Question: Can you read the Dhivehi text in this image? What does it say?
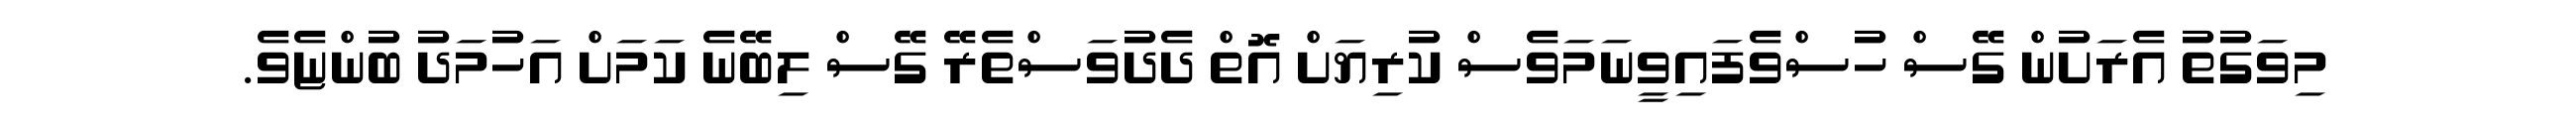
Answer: މިވަގުތު އެރަށުން ގޭސް ހުސްވެފައިވީނަމަވެސް ކުރިޔަށް އޮތް ދެދުވަސްތެރޭ ގޭސް ލިބޭނެ ކަމަށް އަހުމަދު ބުންޏެވެ.